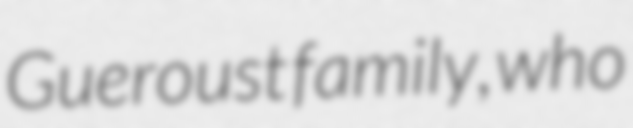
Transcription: Gueroust family, who